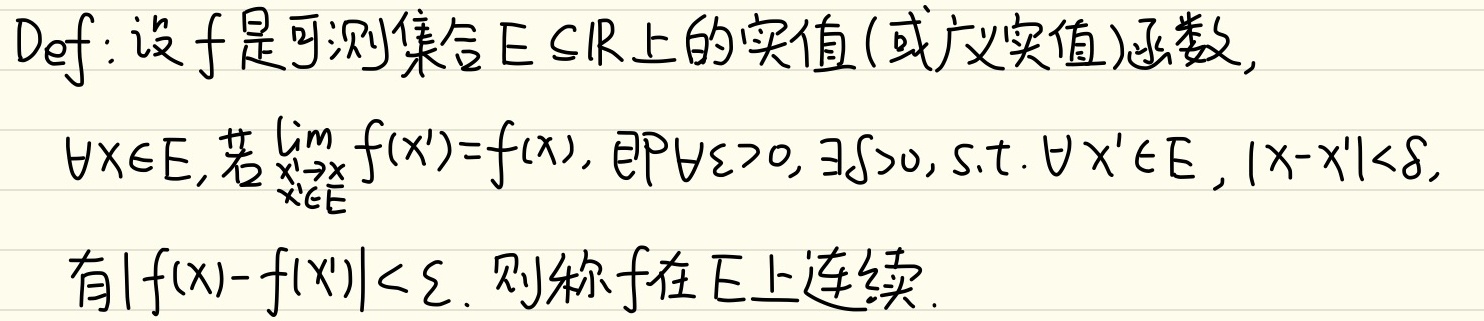
Def: 设$f$是可测集合$E \subseteq \mathbb{R}$上的实值(或广义实值)函数,
$\forall x \in E$, 若$\lim_{\substack{x' \to x\\x' \in E}} f(x') = f(x)$, 即$\forall \varepsilon > 0, \exists \delta > 0, \text{s.t.} \forall x' \in E, |x - x'| < \delta$,
有$|f(x)-f(x')| < \varepsilon$. 则称$f$在$E$上连续.